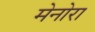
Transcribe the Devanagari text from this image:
मेनोरा